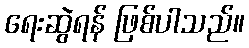
ရေးဆွဲရန် ဖြစ်ပါသည်။